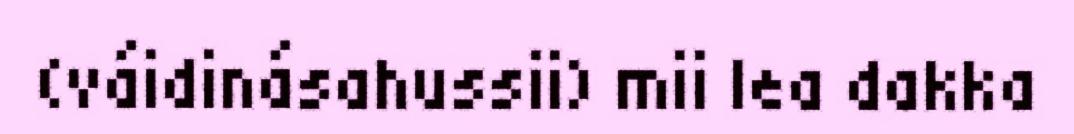
(váidinásahussii) mii lea dakka